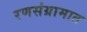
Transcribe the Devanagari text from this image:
रणसंग्रामात